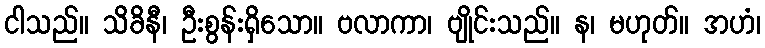
ငါသည်။ သိခိနီ၊ ဦးစွန်းရှိသော။ ဗလာကာ၊ ဗျိုင်းသည်။ န၊ မဟုတ်။ အဟံ၊